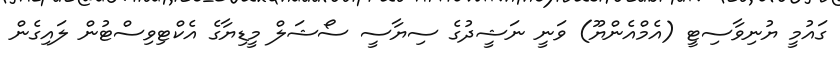
ގައުމީ ޔުނިވާސިޓީ (އެމްއެންޔޫ) ވަނީ ނަޝީދުގެ ސިޔާސީ ސޯޝަލް މީޑިޔާގެ އެކްޓިވިސްޓުން ލައިގެން